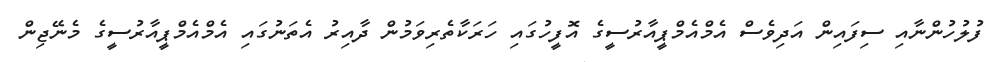
ފުލުހުންނާއި ސިފައިން އަދިވެސް އެމްއެމްޕީއާރުސީގެ އޮފީހުގައި ހަރަކާތެރިވަމުން ދާއިރު އެތަނުގައި އެމްއެމްޕީއާރުސީގެ މެނޭޖިން